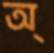
অ্